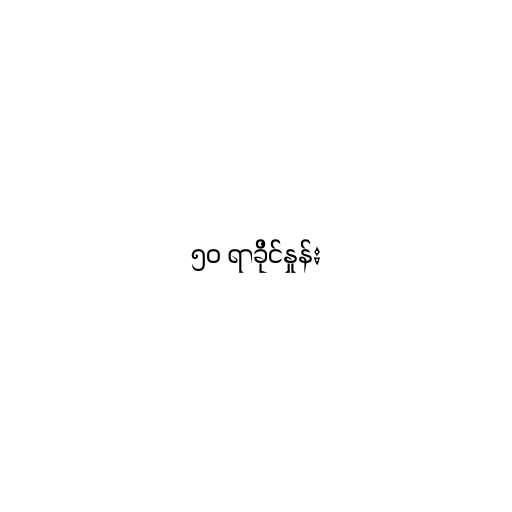
၅၀ ရာခိုင်နှုန်း